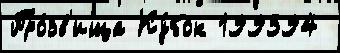
Про́зв'ища Ку́бок 199394